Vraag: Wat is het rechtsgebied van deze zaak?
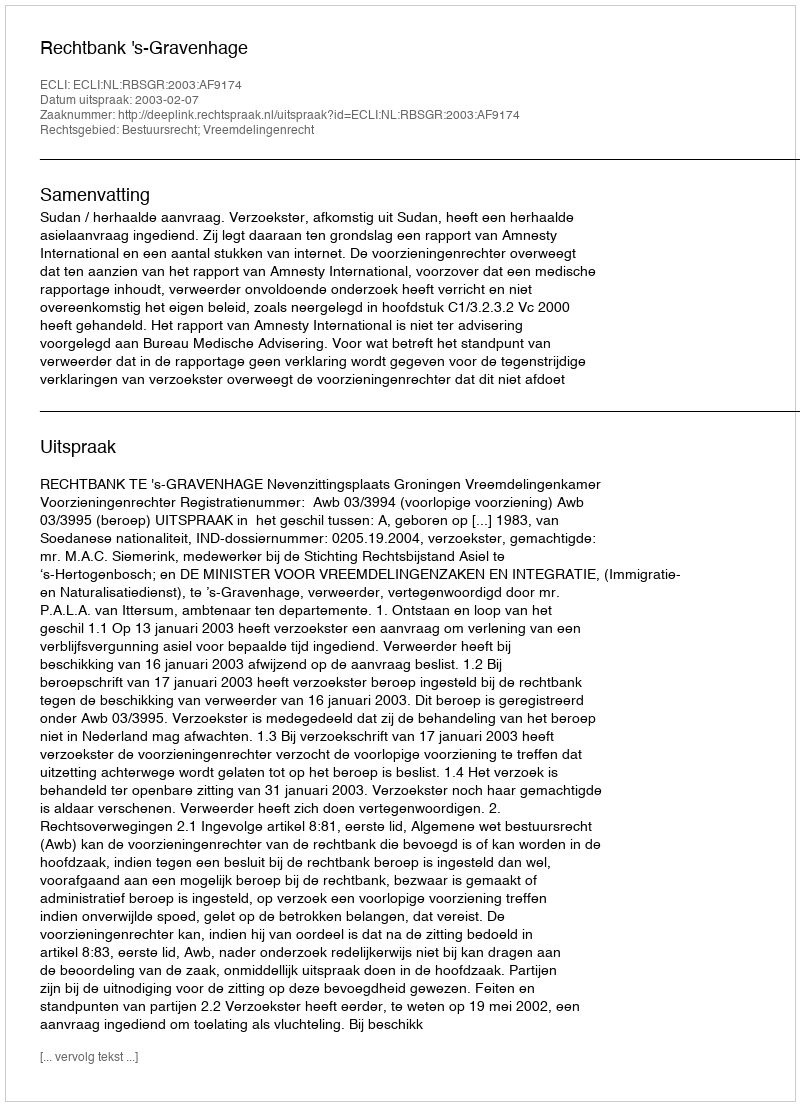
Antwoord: Bestuursrecht; Vreemdelingenrecht